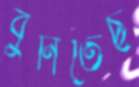
বুনিতেছ